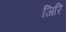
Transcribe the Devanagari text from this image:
जिरि